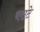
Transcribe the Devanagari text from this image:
चराटे